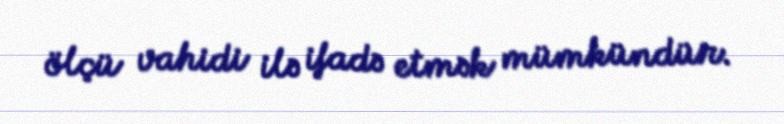
ölçü vahidi ilə ifadə etmək mümkündür.